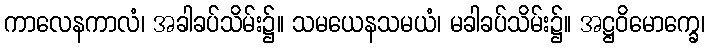
ကာလေနကာလံ၊ အခါခပ်သိမ်း၌။ သမယေနသမယံ၊ မခါခပ်သိမ်း၌။ အဋ္ဌဝိမောက္ခေ၊